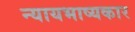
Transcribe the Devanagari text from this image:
न्यायभाष्यकार